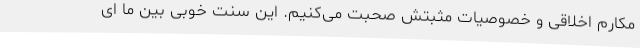
مکارم اخلاقی و خصوصیات مثبتش صحبت می‌کنیم. این سنت خوبی بین ما ای